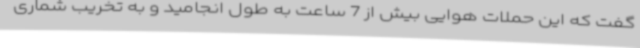
گفت که این حملات هوایی بیش از 7 ساعت به طول انجامید و به تخریب شماری